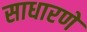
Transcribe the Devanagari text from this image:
साधारणे